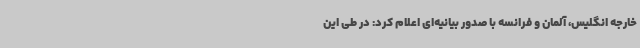
خارجه انگلیس، آلمان و فرانسه با صدور بیانیه‌ای اعلام کرد: در طی این